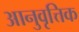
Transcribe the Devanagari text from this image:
आनुवृत्तिक